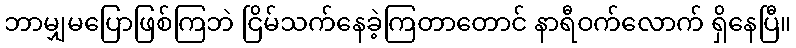
ဘာမျှမပြောဖြစ်ကြဘဲ ငြိမ်သက်နေခဲ့ကြတာတောင် နာရီဝက်လောက် ရှိနေပြီ။